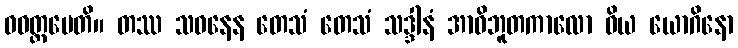
ဝဝတ္ထပေတိ။ တဿ သဝနေန တေသံ တေသံ သဒ္ဒါနံ အာဝိဘူတကာလော ဝိယ ယောဂိနော